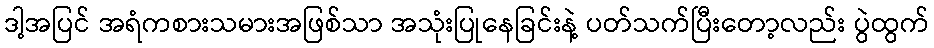
ဒါ့အပြင် အရံကစားသမားအဖြစ်သာ အသုံးပြုနေခြင်းနဲ့ ပတ်သက်ပြီးတော့လည်း ပွဲထွက်